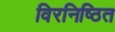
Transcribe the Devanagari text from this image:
विरनिष्ठित